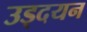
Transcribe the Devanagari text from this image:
उड्दयन